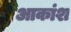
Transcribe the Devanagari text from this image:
आकांश